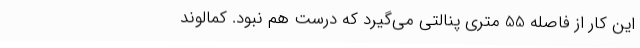
این کار از فاصله 55 متری پنالتی می‌گیرد که درست هم نبود. کمالوند